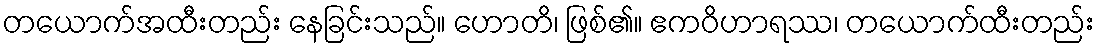
တယောက်အထီးတည်း နေခြင်းသည်။ ဟောတိ၊ ဖြစ်၏။ ဧကဝိဟာရဿ၊ တယောက်ထီးတည်း